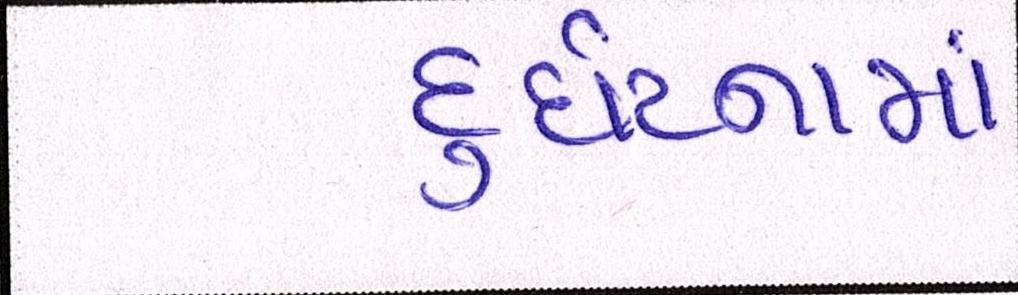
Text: દુર્ઘટનામાં